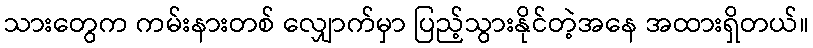
သားတွေက ကမ်းနားတစ် လျှောက်မှာ ပြည့်သွားနိုင်တဲ့အနေ အထားရှိတယ်။